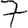
Digit: 7